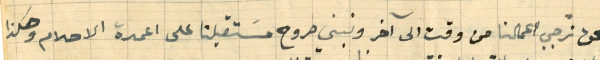
نحن نرجي اعمالنا من وقت الى آخر ونبني صروح مسَتقبلنا على اعمدة الاحلام وهكذا